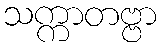
သက္ကာတဗ္ဗာ